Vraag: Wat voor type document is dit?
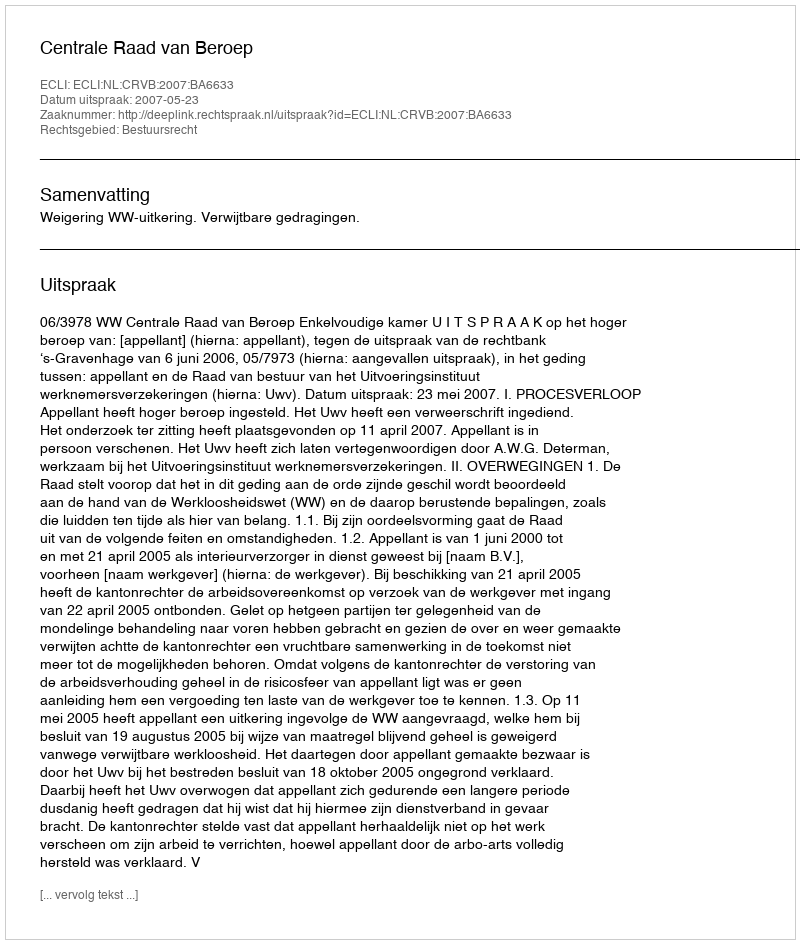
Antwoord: Uitspraak